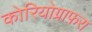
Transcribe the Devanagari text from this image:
कोरियोग्राफ़रा